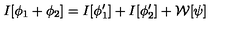
I [ \phi _ { 1 } + \phi _ { 2 } ] = I [ \phi _ { 1 } ^ { \prime } ] + I [ \phi _ { 2 } ^ { \prime } ] + { \cal W } [ \psi ]